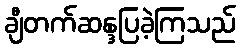
ချီတက်ဆန္ဒပြခဲ့ကြသည်